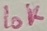
Text: 10K